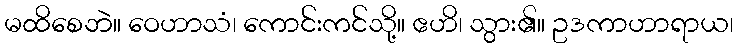
မထိစေဘဲ။ ဝေဟာသံ၊ ကောင်းကင်သို့။ ဧဟိ၊ သွား၏။ ဥဒကာဟာရာယ၊